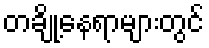
တချို့နေရာများတွင်